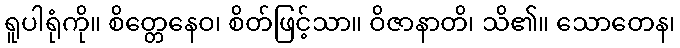
ရူပါရုံကို။ စိတ္တေနေဝ၊ စိတ်ဖြင့်သာ။ ဝိဇာနာတိ၊ သိ၏။ သောတေန၊